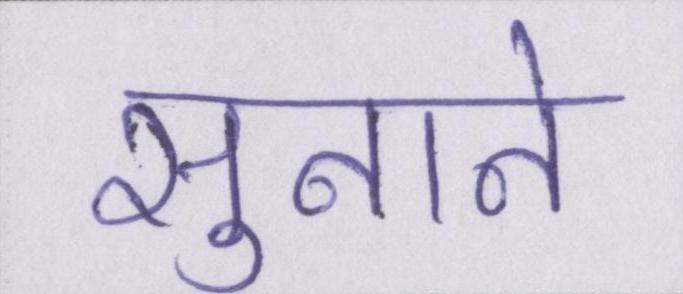
सुनाने